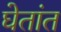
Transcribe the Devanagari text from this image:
घेतांत